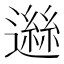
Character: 𨖾